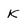
Character: K